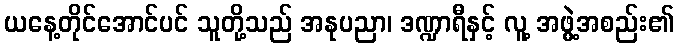
ယနေ့တိုင်အောင်ပင် သူတို့သည် အနုပညာ၊ ဒဏ္ဍာရီနှင့် လူ့ အဖွဲ့အစည်း၏